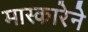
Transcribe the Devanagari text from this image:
मास्कारेने